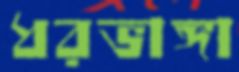
ধরভাঙ্গা